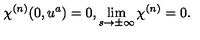
\chi ^ { ( n ) } ( 0 , u ^ { a } ) = 0 , \lim _ { s \rightarrow \pm \infty } \chi ^ { ( n ) } = 0 .